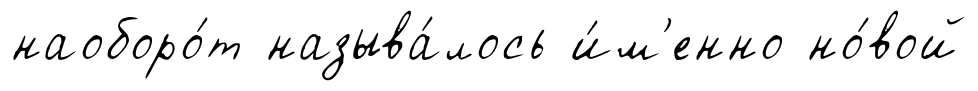
наоборо́т называ́лось и́м'енно но́вой